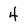
Character: 4